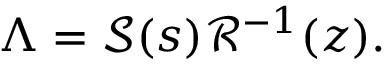
\Lambda = \mathcal { S } ( s ) \mathcal { R } ^ { - 1 } ( z ) .